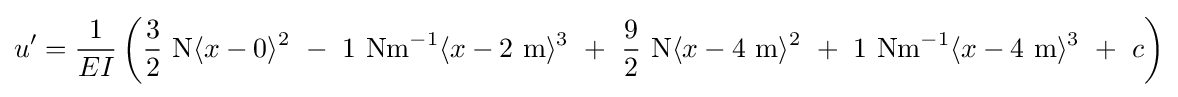
u'={\frac {1}{EI}}\left({\frac {3}{2}}{\text{ N}}\langle x-0\rangle ^{2}\ -\ 1{\text{ Nm}}^{-1}\langle x-2{\text{ m}}\rangle ^{3}\ +\ {\frac {9}{2}}{\text{ N}}\langle x-4{\text{ m}}\rangle ^{2}\ +\ 1{\text{ Nm}}^{-1}\langle x-4{\text{ m}}\rangle ^{3}\ +\ c\right)